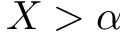
X > \alpha